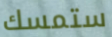
ستمسك